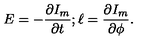
E = - \frac { \partial I _ { m } } { \partial t } ; \ell = \frac { \partial I _ { m } } { \partial \phi } .